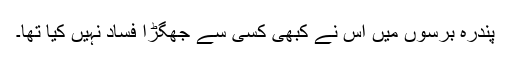
پندرہ برسوں میں اس نے کبھی کسی سے جھگڑا فساد نہیں کیا تھا۔